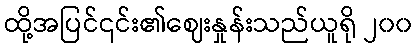
ထို့အပြင်၎င်း၏ဈေးနှုန်းသည်ယူရို ၂၀၀